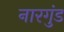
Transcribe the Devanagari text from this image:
नारगुंड